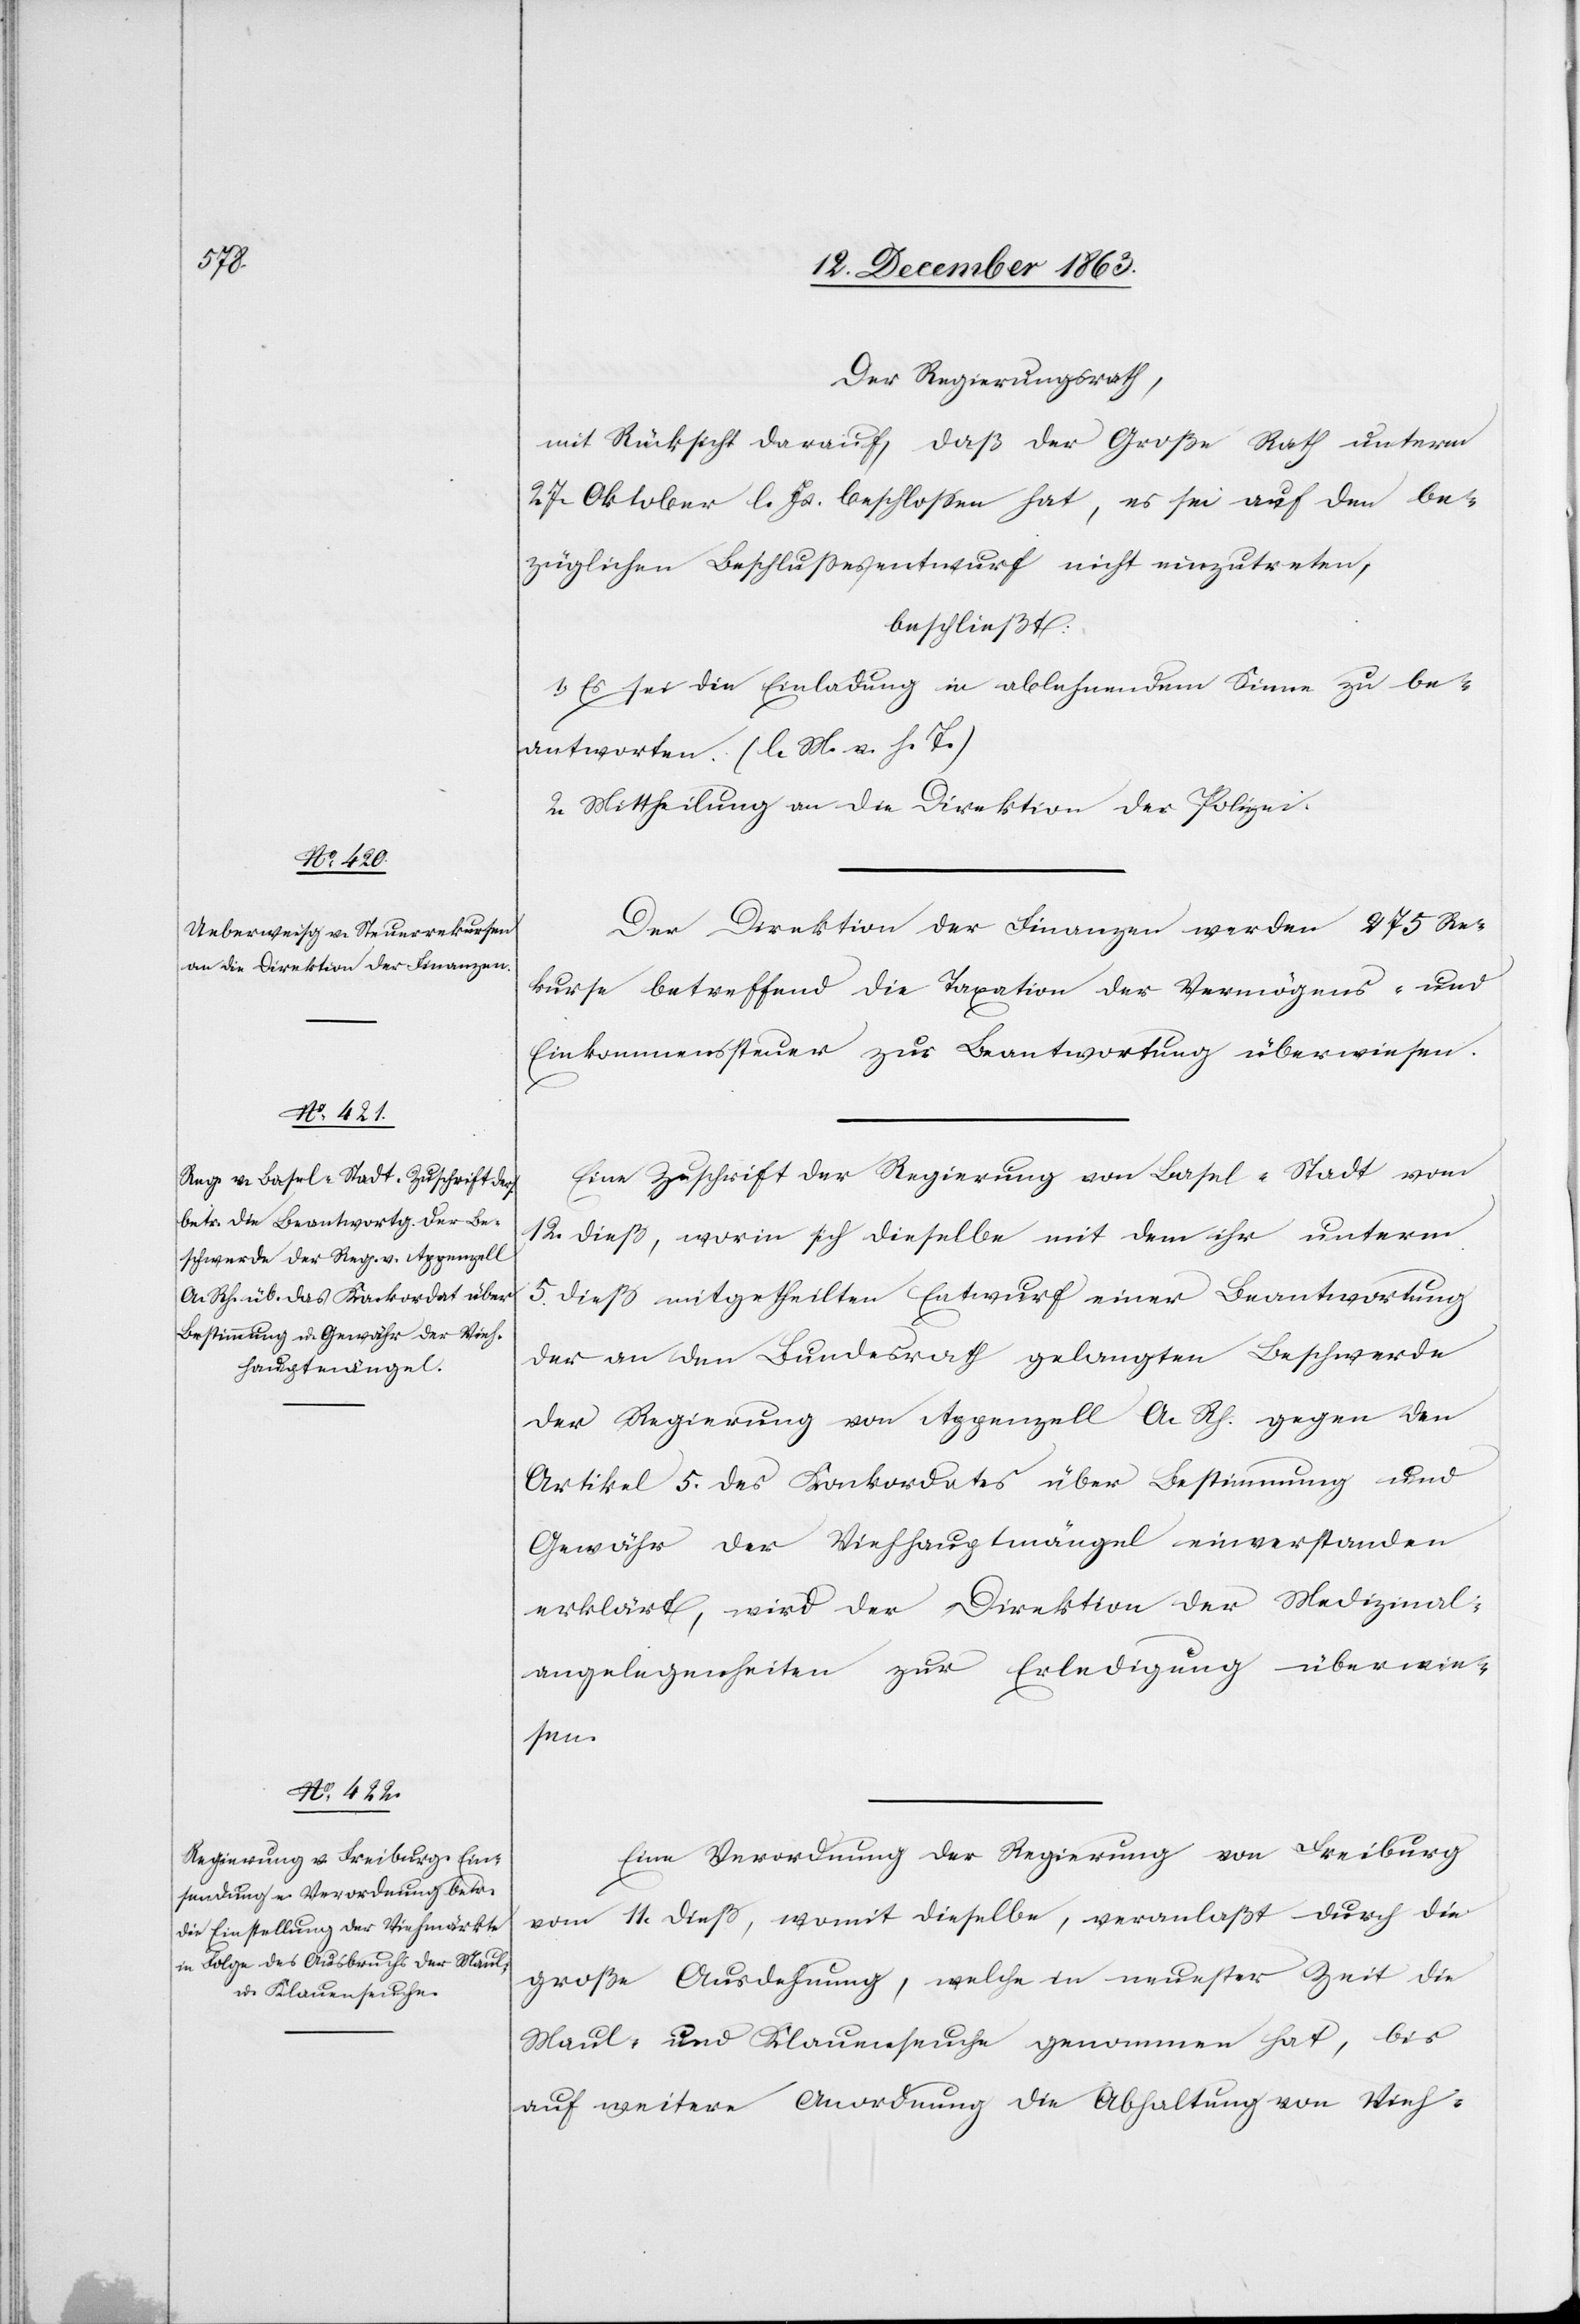
15. Decemb. 1863.]
Der Regierungsrath,
mit Rücksicht darauf, daß der Große Rath unterm
27. Oktober l. Js. beschlossen hat, es sei auf den be¬
züglichen Beschlussesentwurf nicht einzutreten,
beschließt:
1. Es sei die Einladung in ablehnendem Sinne zu be¬
antworten. (l. M. h. T.)
2. Mittheilung an die Direktion der Polizei.
Der Direktion der Finanzen werden 275 Re¬
kurse betreffend die Taxation der Vermögens- und
Einkommenssteuer zur Beantwortung überwiesen.
Eine Zuschrift der Regierung von Basel-Stadt vom
12. dieß, worin sich dieselbe mit dem ihr unterm
5. dieß mitgetheilten Entwurf einer Beantwortung
der an den Bundesrath gelangten Beschwerde
der Regierung von Appenzell A. Rh. gegen den
Artikel 5. des Konkordates über Bestimmung und
Gewähr der Viehhauptmängel einverstanden
erklärt, wird der Direktion der Medizinal¬
angelegenheiten zur Erledigung überwie¬
sen.
Eine Verordnung der Regierung von Freiburg
vom 11. dieß, womit dieselbe, veranlaßt durch die
große Ausdehnung, welche in neuester Zeit die
Maul- und Klauenseuche genommen hat, bis
auf weitere Anordnung die Abhaltung von Vieh-